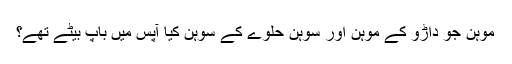
موہن جو داڑو کے موہن اور سوہن حلوے کے سوہن کیا آپس میں باپ بیٹے تھے؟